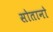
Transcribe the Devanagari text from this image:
सोतानो